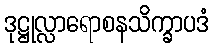
ဒုဋ္ဌုလ္လာရောစနသိက္ခာပဒံ